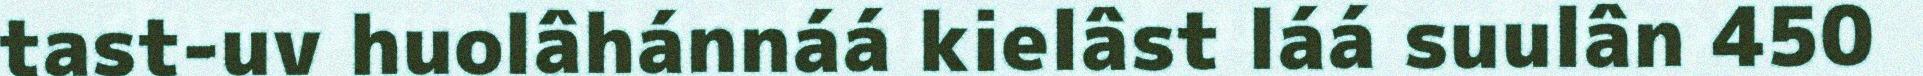
tast-uv huolâhánnáá kielâst láá suulân 450